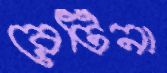
রেটিনা